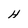
Character: H